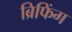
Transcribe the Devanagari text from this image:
ब्रिफिंग